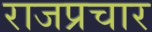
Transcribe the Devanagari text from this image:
राजप्रचार